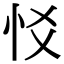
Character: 㤊